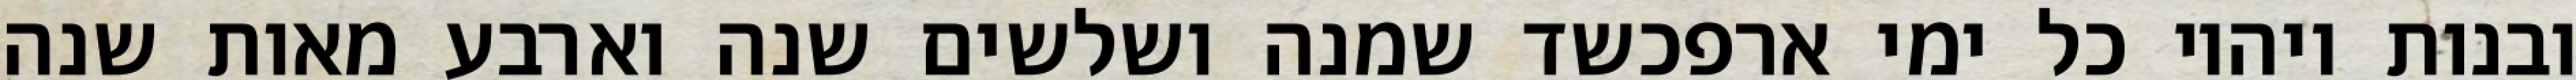
ובנות ויהיו כל ימי ארפכשד שמנה ושלשים שנה וארבע מאות שנה